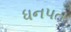
ધનપત